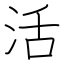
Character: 活